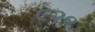
૯૨૦